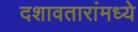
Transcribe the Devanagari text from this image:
दशावतारांमध्ये